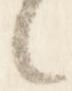
々